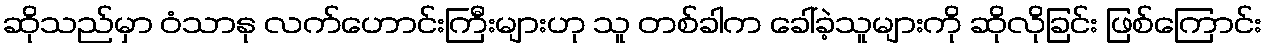
ဆိုသည်မှာ ဝံသာနု လက်ဟောင်းကြီးများဟု သူ တစ်ခါက ခေါ်ခဲ့သူများကို ဆိုလိုခြင်း ဖြစ်ကြောင်း